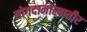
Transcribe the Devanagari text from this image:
योगदानाखातीर